Vaccination in Bombay 1863-1868 - 1863-1868
Year: 1863
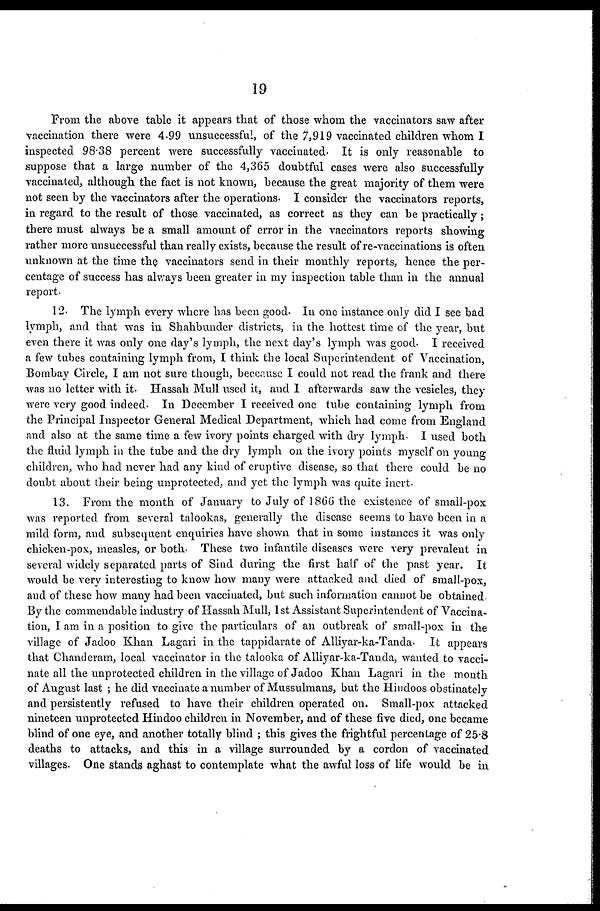
19
From the above table it appears that of those whom the vaccinators saw after
vaccination there were 4.99 unsuccessful, of the 7,919 vaccinated children whom I
inspected 98.38 percent were successfully vaccinated. It is only reasonable to
suppose that a large number of the 4,365 doubtful cases were also successfully
vaccinated, although the fact is not known, because the great majority of them were
not seen by the vaccinators after the operations. I consider the vaccinators reports,
in regard to the result of those vaccinated, as correct as they can be practically;
there must always be a small amount of error in the vaccinators reports showing
rather more unsuccessful than really exists, because the result of re-vaccinations is often
unknown at the time the vaccinators send in their monthly reports, hence the per-
centage of success has always been greater in my inspection table than in the annual
report.
12. The lymph every where has been good. In one instance only did I see bad
lymph, and that was in Shahbunder districts, in the hottest time of the year, but
even there it was only one day's lymph, the next day's lymph was good. I received
a few tubes containing lymph from, I think the local Superintendent of Vaccination,
Bombay Circle, I am not sure though, beceause I could not read the frank and there
was no letter with it. Hassah Mull used it, and I afterwards saw the vesicles, they
were very good indeed. In December I received one tube containing lymph from
the Principal Inspector General Medical Department, which had come from England
and also at the same time a few ivory points charged with dry lymph. I used both
the fluid lymph in the tube and the dry lymph on the ivory points myself on young
children, who had never had any kind of eruptive disease, so that there could be no
doubt about their being unprotected, and yet the lymph was quite inert.
13. From the month of January to July of 1866 the existence of small-pox
was reported from several talookas, generally the disease seems to have been in a
mild form, and subsequent enquiries have shown that in some instances it was only
chicken-pox, measles, or both. These two infantile diseases were very prevalent in
several widely separated parts of Sind during the first half of the past year. It
would be very interesting to know how many were attacked and died of small-pox,
and of these how many had been vaccinated, but such information cannot be obtained
By the commendable industry of Hassah Mull, 1 st Assistant Superintendent of Vaccina-
tion, I am in a position to give the particulars of an outbreak of small-pox in the
village of Jadoo Khan Lagari in the tappidarate of Alliyar-ka-Tanda. It appears
that Chanderam, local vaccinator in the talooka of Alliyar-ka-Tanda, wanted to vacci-
nate all the unprotected children in the village of Jadoo Khan Lagari in the month
of August last ; he did vaccinate a number of Mussulmans, but the Hindoos obstinately
and persistently refused to have their children operated on. Small-pox attacked
nineteen unprotected Hindoo children in November, and of these five died, one became
blind of one eye, and another totally blind ; this gives the frightful percentage of 25.8
deaths to attacks, and this in a village surrounded by a cordon of vaccinated
villages. One stands aghast to contemplate what the awful loss of life would be in